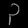
Digit: ၃